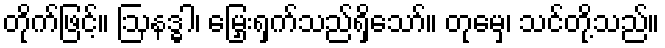
တိုက်ဖြင့်။ ဩနဒ္ဓါ၊ မြှေးရှက်သည်ရှိသော်။ တုမှေ၊ သင်တို့သည်။